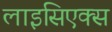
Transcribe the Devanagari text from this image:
लाइसिएक्स